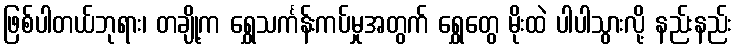
ဖြစ်ပါတယ်ဘုရား၊ တချို့က ရွှေသင်္ကန်းကပ်မှုအတွက် ရွှေတွေ မိုးထဲ ပါပါသွားလို့ နည်းနည်း